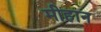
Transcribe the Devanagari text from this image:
मीहान